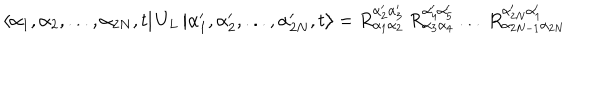
\left\langle \alpha _ { 1 } , \alpha _ { 2 } , . . . , \alpha _ { 2 N } , t \right| U _ { L } \left| \alpha _ { 1 } ^ { \prime } , \alpha _ { 2 } ^ { \prime } , . . . , \alpha _ { 2 N } ^ { \prime } , t \right\rangle = R _ { \alpha _ { 1 } \alpha _ { 2 } } ^ { \alpha _ { 2 } ^ { \prime } \alpha _ { 3 } ^ { \prime } } \: R _ { \alpha _ { 3 } \alpha _ { 4 } } ^ { \alpha _ { 4 } ^ { \prime } \alpha _ { 5 } ^ { \prime } } \: . . . \: R _ { \alpha _ { 2 N - 1 } \alpha _ { 2 N } } ^ { \alpha _ { 2 N } ^ { \prime } \alpha _ { 1 } ^ { \prime } }